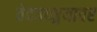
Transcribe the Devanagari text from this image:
वेदवाङ्मयावर